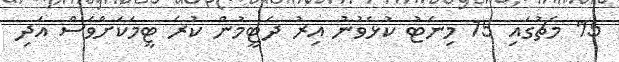
15' މެޗުގައި 15 މިނެޓު ކުޅެވުނު އިރު ދެޓީމުން ކުރެ ޓީމަކަށްވެސް އަދި